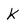
Character: K